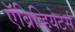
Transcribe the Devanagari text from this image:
ऍब्रिव्हियेटर्स